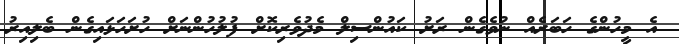
އެ މީހުންގެ ހަބަރެއް ނުވެގެން ރަށު ކައުންސިލް މެދުވެރިކޮށް ފުލުހުންނަށް ހުށަހަޅައިގެން ބެލިއިރު